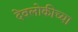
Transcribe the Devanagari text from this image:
देवलोकीच्या